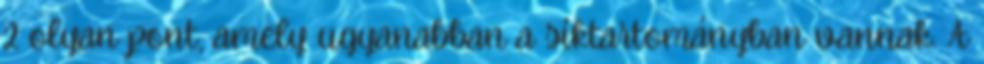
2 olyan pont, amely ugyanabban a síktartományban vannak. A